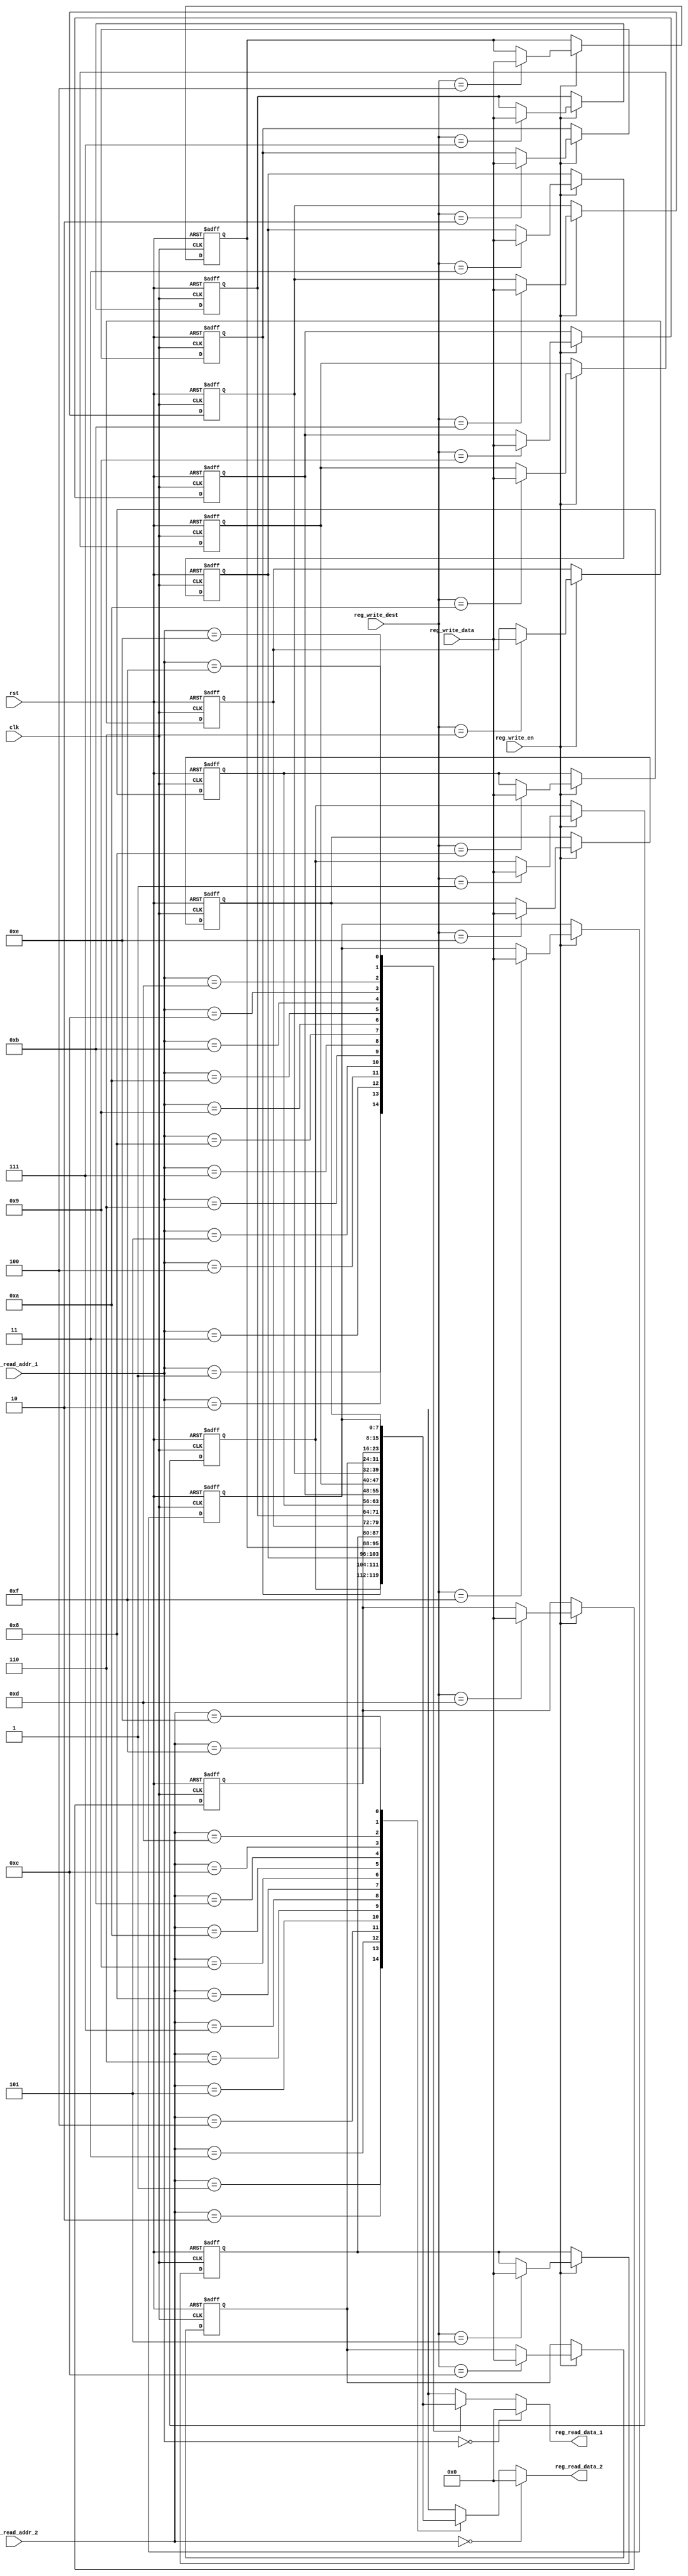
module Memory  (  
    input clk,rst,
    input reg_write_en,  
    input [3:0] reg_write_dest,  
    input [7:0] reg_write_data,  
    input [3:0] reg_read_addr_1,  
    output [7:0] reg_read_data_1,  
    input [3:0] reg_read_addr_2,  
    output [7:0] reg_read_data_2  
 );  
    reg [7:0] reg_array [15:0];   
    always @ (posedge clk or posedge rst) begin  
        if(rst) begin  
            reg_array[0] <= 4'd0;  
            reg_array[1] <= 4'd1;  
            reg_array[2] <= 4'd2;  
            reg_array[3] <= 4'd3;  
            reg_array[4] <= 4'd4;  
            reg_array[5] <= 4'd5;  
            reg_array[6] <= 4'd6; 
            reg_array[7] <= 4'd7;
            reg_array[8] <= 4'd8;  
            reg_array[9] <= 4'd9; 
            reg_array[10] <= 4'd10;  
            reg_array[11] <= 4'd11; 
            reg_array[12] <= 4'd12;  
            reg_array[13] <= 4'd13;  
            reg_array[14] <= 4'd14;  
            reg_array[15] <= 4'd15;
        end  
        else begin  
                if(reg_write_en) begin  
                    reg_array[reg_write_dest] <= reg_write_data;  
                end  
        end  
    end  
    assign reg_read_data_1 = ( reg_read_addr_1 == 0)? 8'b0 : reg_array[reg_read_addr_1];  
    assign reg_read_data_2 = ( reg_read_addr_2 == 0)? 8'b0 : reg_array[reg_read_addr_2];  
endmodule